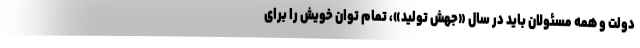
دولت و همه مسئولان باید در سال «جهش تولید»، تمام توان خویش را برای